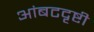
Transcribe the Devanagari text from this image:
आंबटदृष्टी